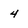
Character: 4